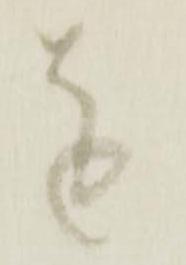
を